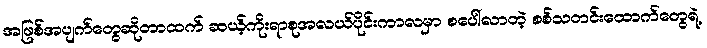
အဖြစ်အပျက်တွေဆိုတာထက် ဆယ့်ကိုးရာစုအလယ်ပိုင်းကာလမှာ စပေါ်လာတဲ့ စစ်သတင်းထောက်တွေရဲ့